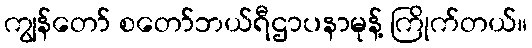
ကျွန်တော် စတော်ဘယ်ရီဌာပနာမုန့် ကြိုက်တယ်။